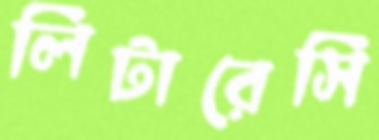
লিটারেসি